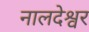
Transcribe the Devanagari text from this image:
नालदेश्वर